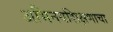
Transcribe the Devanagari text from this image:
अभिनयशिक्षणाचा